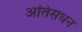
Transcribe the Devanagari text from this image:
अतिसधन